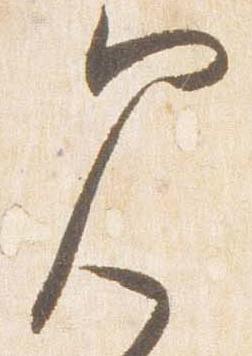
見